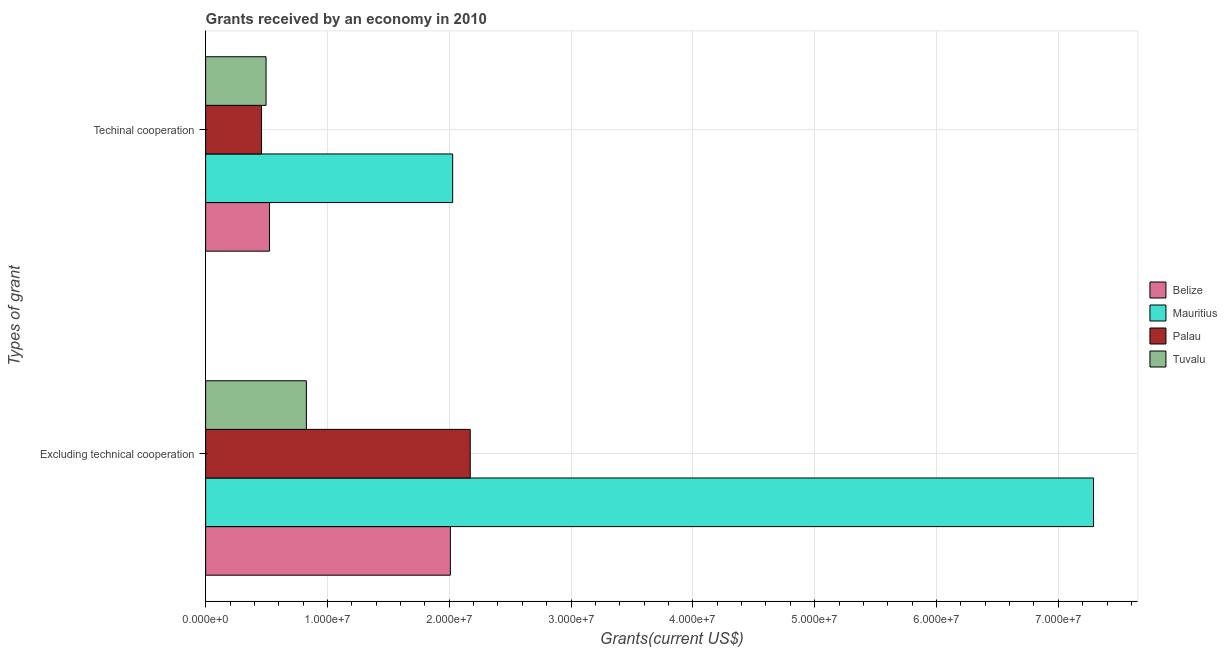
| Types of grant | Belize | Mauritius | Palau | Tuvalu |
 | --- | --- | --- | --- | --- |
 | Excluding technical cooperation | 2.01e+07 | 7.29e+07 | 2.17e+07 | 8.27e+06 |
 | Techinal cooperation | 5.24e+06 | 2.03e+07 | 4.59e+06 | 4.96e+06 |